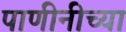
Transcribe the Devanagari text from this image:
पाणीनीच्या